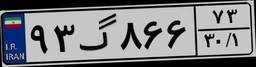
۹۳گ۸۶۶۷۳